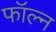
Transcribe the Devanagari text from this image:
फॉल्न